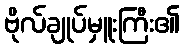
ဗိုလ်ချုပ်မှူးကြီး၏